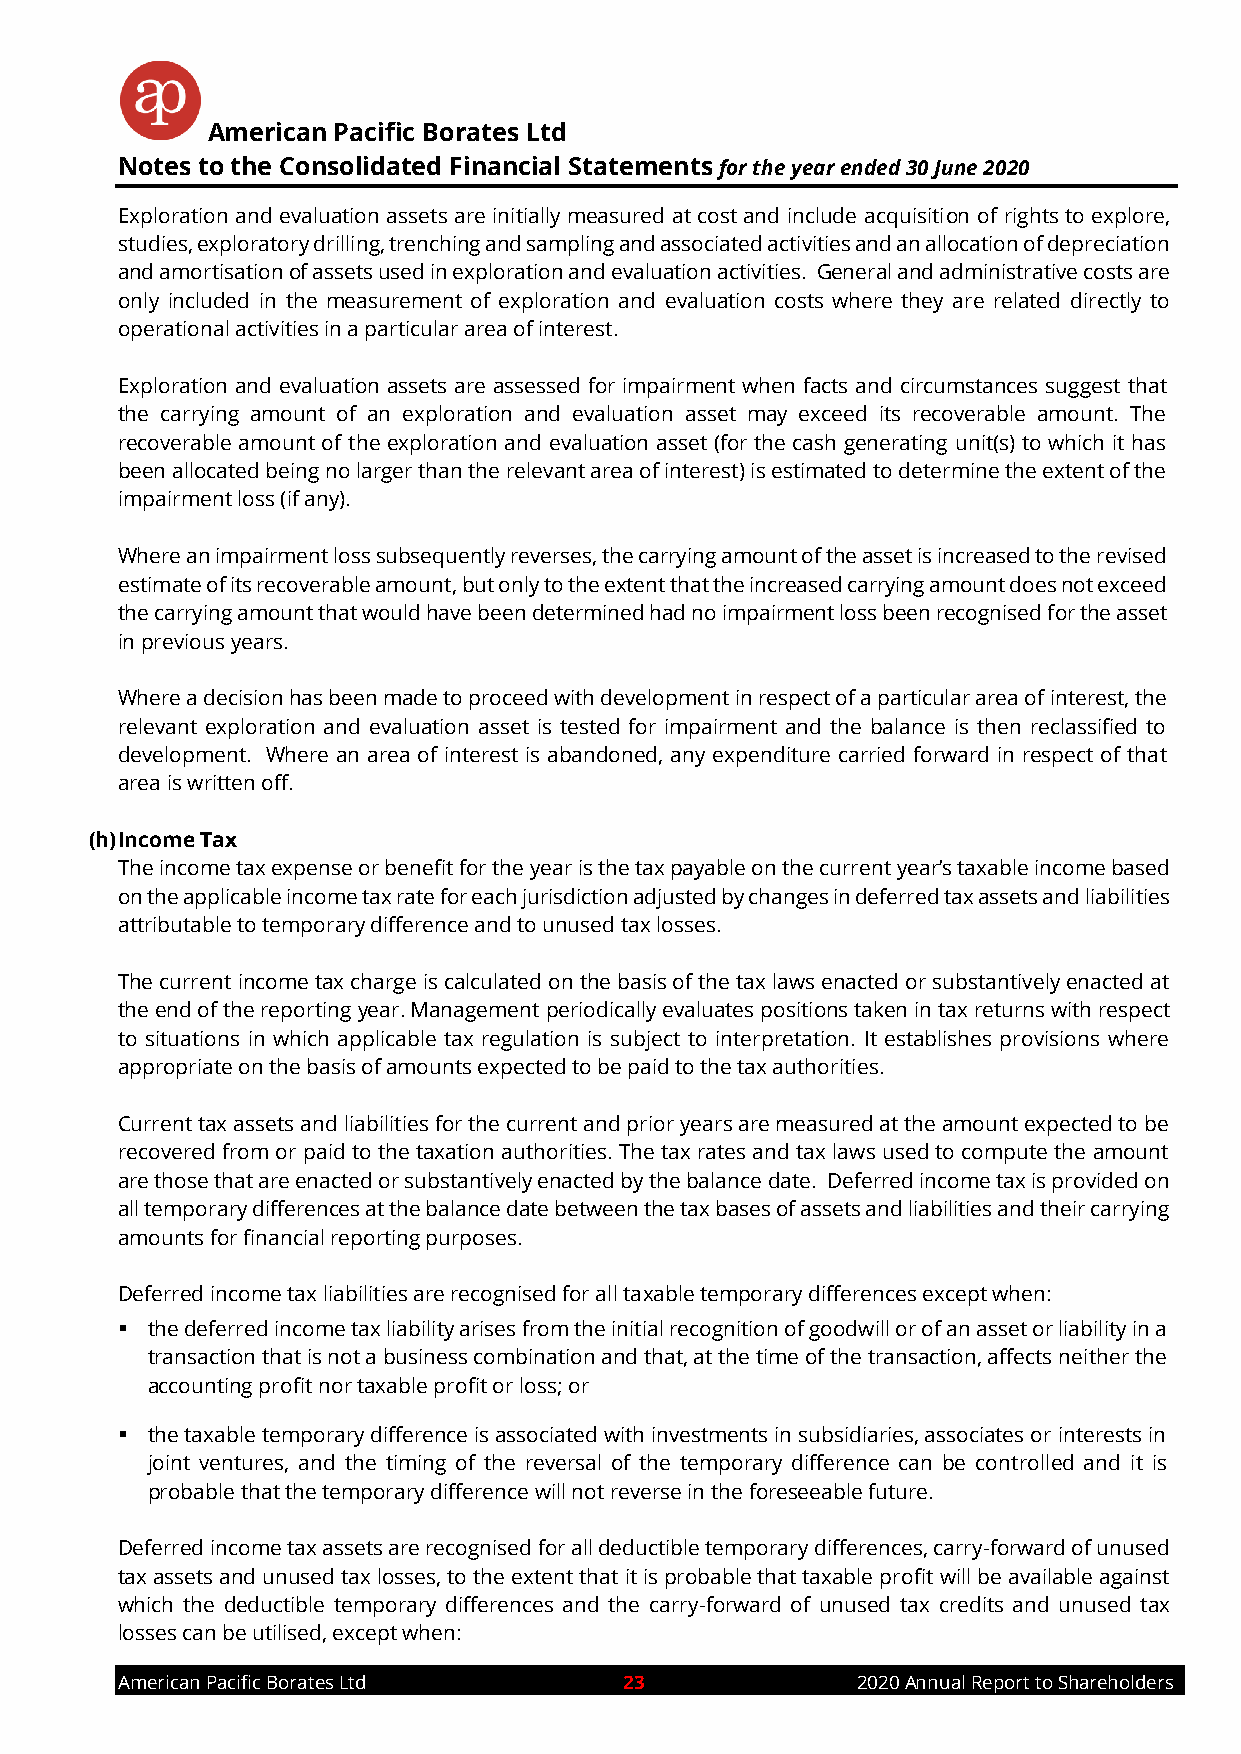
American Pacific Borates Ltd
 Notes to the Consolidated Financial Statements for the year ended 30 June 2020
 Exploration and evaluation assets are initially measured at cost and include acquisition of rights to explore,
 studies, exploratory drilling, trenching and sampling and associated activities and an allocation of depreciation
 and amortisation of assets used in exploration and evaluation activities. General and administrative costs are
 only included in the measurement of exploration and evaluation costs where they are related directly to
 operational activities in a particular area of interest.
 Exploration and evaluation assets are assessed for impairment when facts and circumstances suggest that
 the carrying amount of an exploration and evaluation asset may exceed its recoverable amount. The
 recoverable amount of the exploration and evaluation asset (for the cash generating unit(s) to which it has
 been allocated being no larger than the relevant area of interest) is estimated to determine the extent of the
 impairment loss (if any).
 Where an impairment loss subsequently reverses, the carrying amount of the asset is increased to the revised
 estimate of its recoverable amount, but only to the extent that the increased carrying amount does not exceed
 the carrying amount that would have been determined had no impairment loss been recognised for the asset
 in previous years.
 Where a decision has been made to proceed with development in respect of a particular area of interest, the
 relevant exploration and evaluation asset is tested for impairment and the balance is then reclassified to
 development. Where an area of interest is abandoned, any expenditure carried forward in respect of that
 area is written off.
 (h) Income Tax
 The income tax expense or benefit for the year is the tax payable on the current year’s taxable income based
 on the applicable income tax rate for each jurisdiction adjusted by changes in deferred tax assets and liabilities
 attributable to temporary difference and to unused tax losses.
 The current income tax charge is calculated on the basis of the tax laws enacted or substantively enacted at
 the end of the reporting year. Management periodically evaluates positions taken in tax returns with respect
 to situations in which applicable tax regulation is subject to interpretation. It establishes provisions where
 appropriate on the basis of amounts expected to be paid to the tax authorities.
 Current tax assets and liabilities for the current and prior years are measured at the amount expected to be
 recovered from or paid to the taxation authorities. The tax rates and tax laws used to compute the amount
 are those that are enacted or substantively enacted by the balance date. Deferred income tax is provided on
 all temporary differences at the balance date between the tax bases of assets and liabilities and their carrying
 amounts for financial reporting purposes.
 Deferred income tax liabilities are recognised for all taxable temporary differences except when:
 ▪ the deferred income tax liability arises from the initial recognition of goodwill or of an asset or liability in a
 transaction that is not a business combination and that, at the time of the transaction, affects neither the
 accounting profit nor taxable profit or loss; or
 ▪ the taxable temporary difference is associated with investments in subsidiaries, associates or interests in
 joint ventures, and the timing of the reversal of the temporary difference can be controlled and it is
 probable that the temporary difference will not reverse in the foreseeable future.
 Deferred income tax assets are recognised for all deductible temporary differences, carry-forward of unused
 tax assets and unused tax losses, to the extent that it is probable that taxable profit will be available against
 which the deductible temporary differences and the carry-forward of unused tax credits and unused tax
 losses can be utilised, except when:
 American Pacific Borates Ltd     23              2020 Annual Report to Shareholders